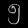
Digit: ၅